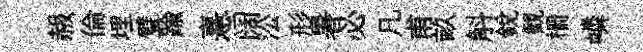
赧倫埋璧踰憙阔㳂形暑必凡甫畝斛銳観栅嶙